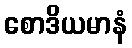
စောဒိယမာနံ